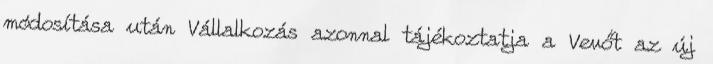
módosítása után Vállalkozás azonnal tájékoztatja a Vevőt az új